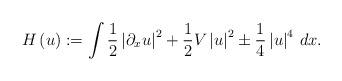
LaTeX: \begin{align*}H\left(u\right) := \int\frac{1}{2}\left|\partial_xu\right|^{2} +\frac{1}{2}V\left|u\right|^{2}\pm\frac{1}{4}\left|u\right|^{4} \, dx.\end{align*}